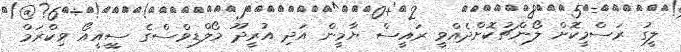
ލީގު ރަސްމީކޮށް ލޯންޗުކޮށްދެއްވީ ރައީސް ޔާމީން އަދި އުރީދޫ މޯލްޑިވްސްގެ ސީީއީއޯ ވިކްރަމް